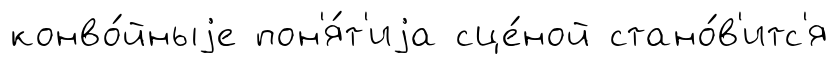
конво́йныjе пон'я́т'иjа сце́ной стано́в'итс'я